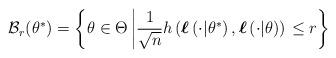
LaTeX: \begin{align*}\mathcal{B}_r(\theta^*) & = \left\lbrace \theta \in \Theta \left| \frac{1}{\sqrt{n}} h\left(\boldsymbol{\ell}\left(\cdot|\theta^*\right) ,\boldsymbol{\ell}\left(\cdot|\theta \right) \right) \right. \leq r \right\rbrace \end{align*}